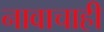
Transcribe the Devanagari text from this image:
नावाचाही